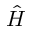
\hat { H }